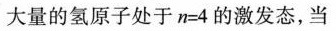
大量的氢原子处于$$n = 4$$的激发态，当